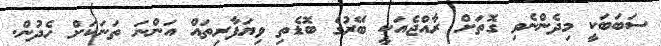
ސަބަބަކީ މިދެންނެވި ގޮތަށް ރާއްޖެއަކީ ބޭރުގެ ބޮޑެތި ވިޔަފާރިތައް އަންނަ ތަނަކަށް ހެދުން.